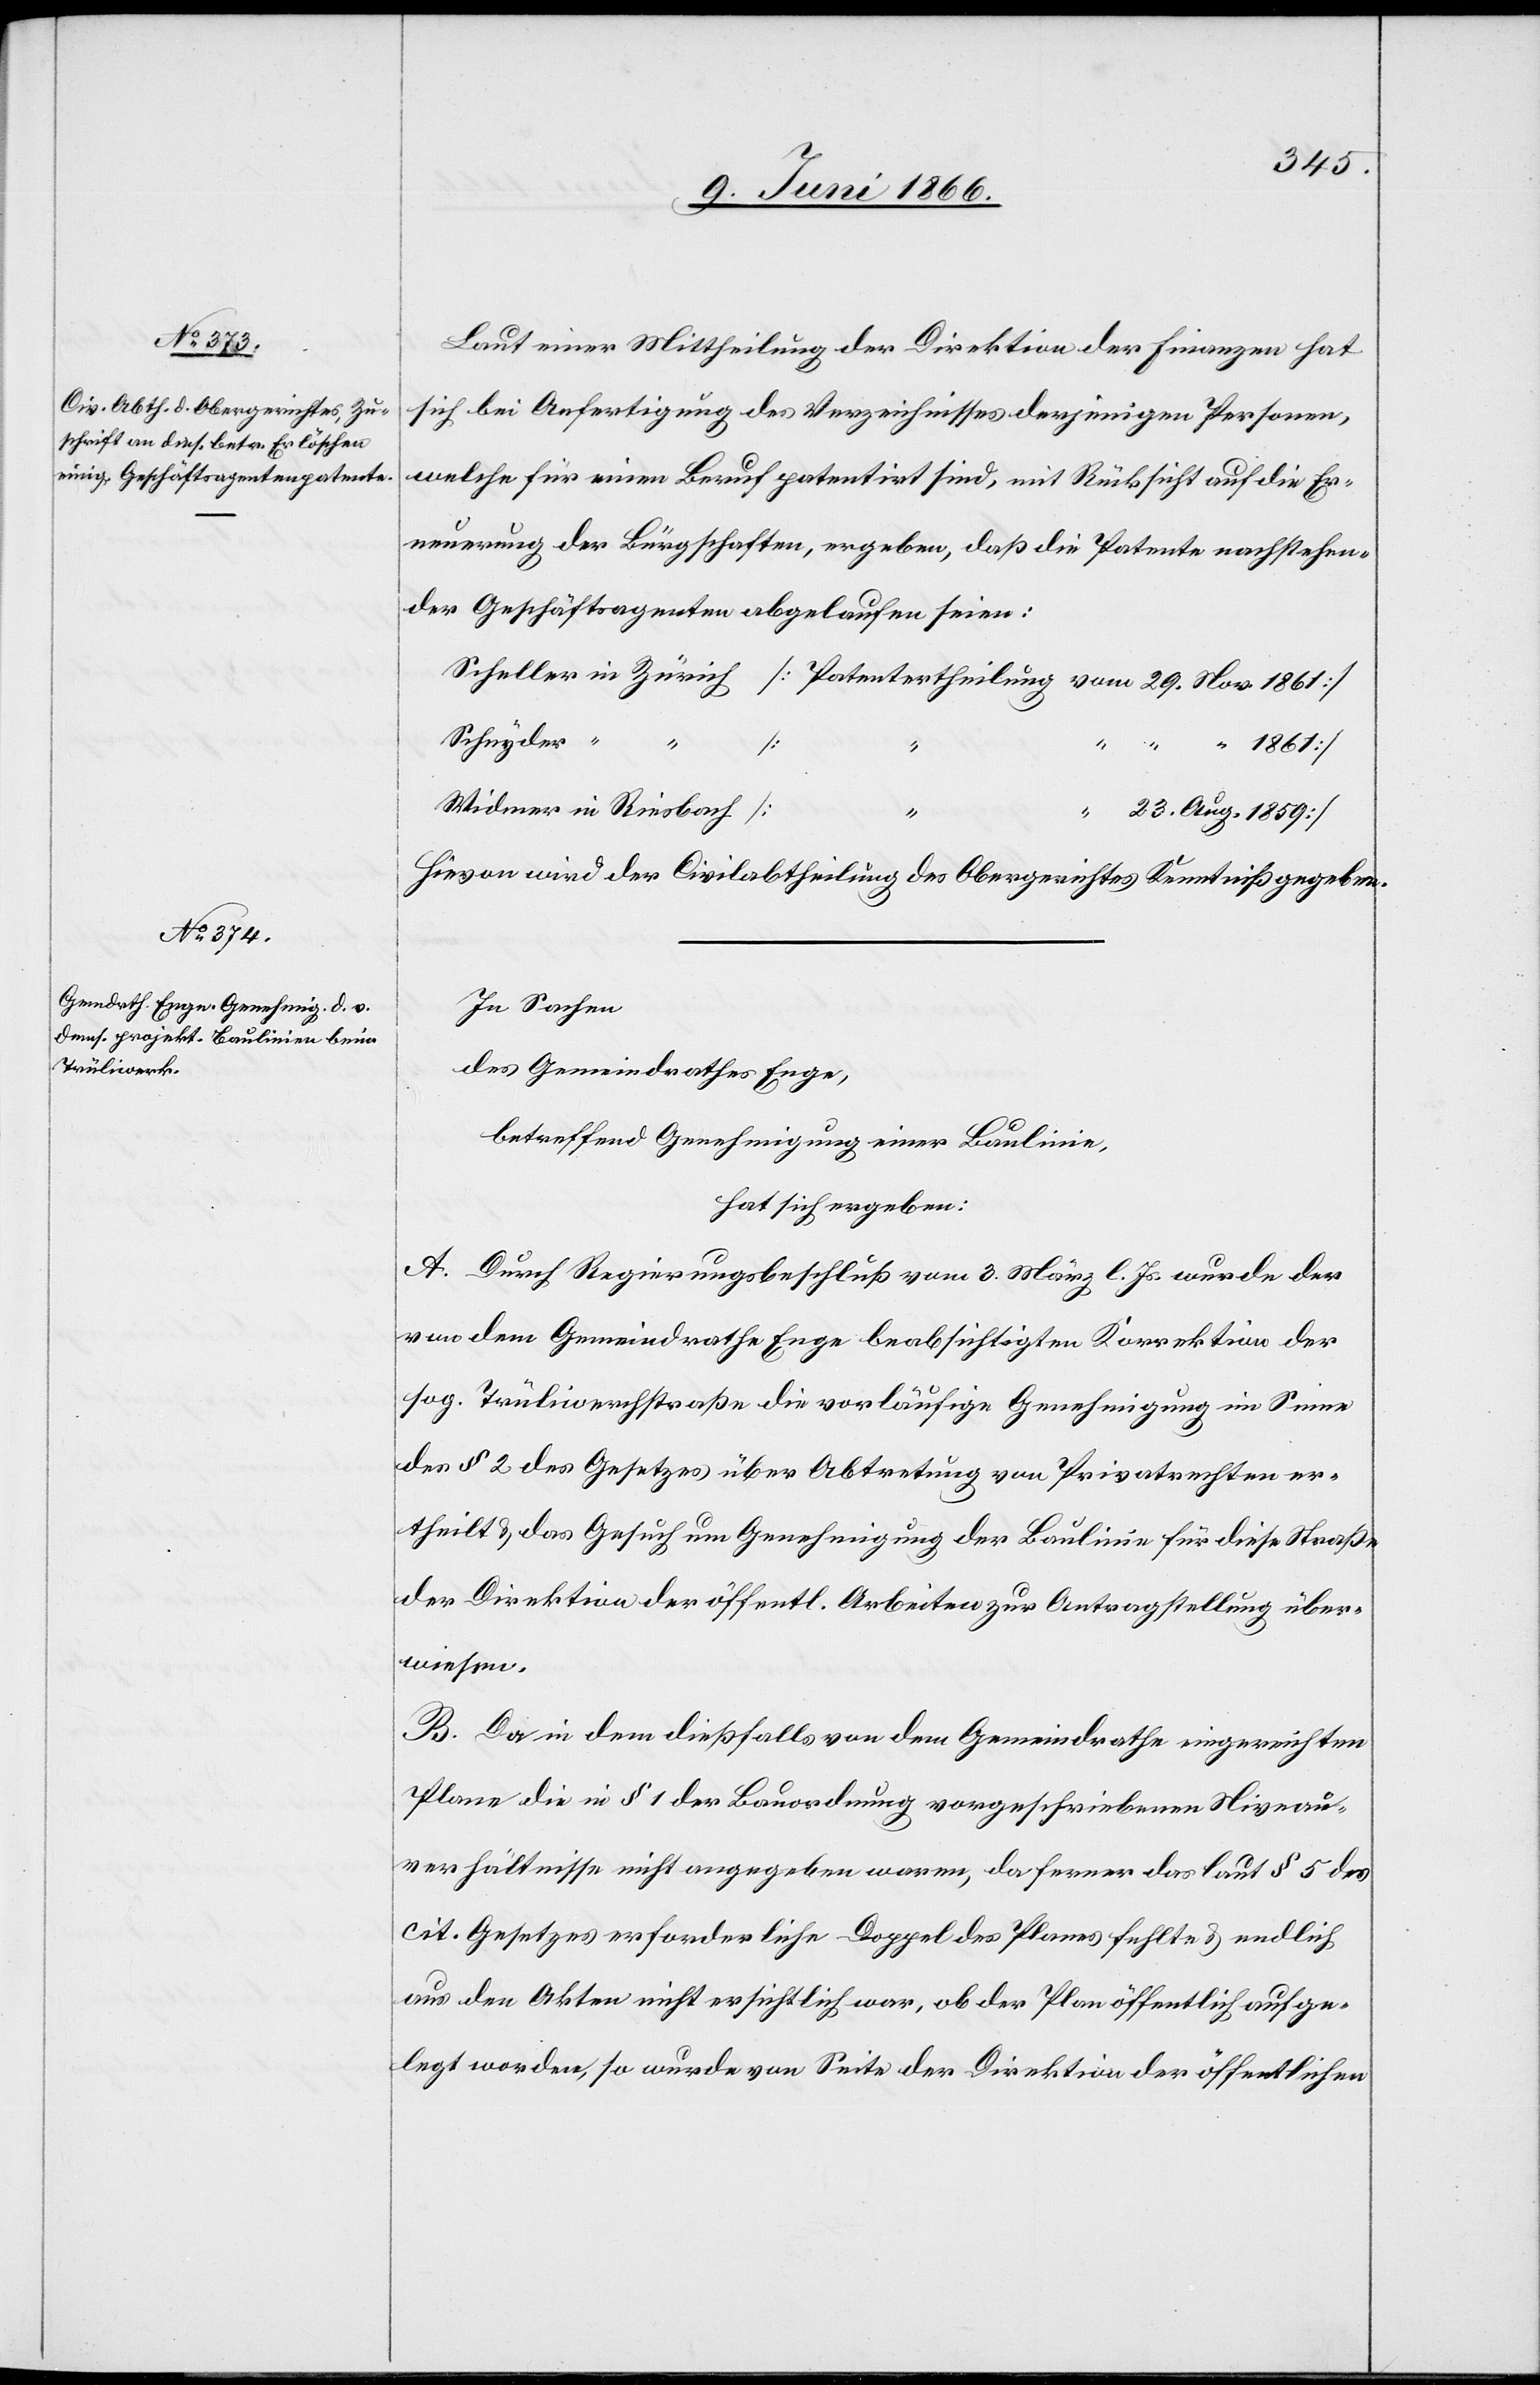
Laut einer Mittheilung der Direktion der Finanzen hat
sich bei Anfertigung des Verzeichnisses derjenigen Personen,
welche für einen Beruf patentirt sind, mit Rücksicht auf die Er¬
neuerung der Bürgschaften, ergeben, daß die Patente nachstehen¬
der Geschäftsagenten abgelaufen seien:
Scheller in Zürich [Patentertheilung vom 29. Nov. 1861]
Schnyder “ “
Widmer in Riesbach [
Hievon wird der Civilabtheilung des Obergerichtes Kenntniß gegeben.
In Sachen
des Gemeindrathes Enge,
betreffend Genehmigung einer Baulinie,
hat sich ergeben:
A. Durch Regierungsbeschluß vom 3. März l. Js. wurde der
von dem Gemeindrathe Enge beabsichtigte Korrektion der
sog. Trüliwerkstraße die vorläufige Genehmigung im Sinne
des § 2 des Gesetzes über Abtretung von Privatrechten er¬
theilt u. das Gesuch um Genehmigung der Baulinie für diese Straße
der Direktion der öffentl. Arbeiten zur Antragstellung über¬
wiesen.
B. Da in dem dießfalls von dem Gemeindrathe eingereichten
Plane die in § 1 der Bauordnung vorgeschriebenen Nieveau¬
verhältnisse nicht angegeben waren, da ferner das laut § 5 des
cit. Gesetzes erforderliche Doppel des Planes fehlte u. endlich
aus den Akten nicht ersichtlich war, ob der Plan öffentlich aufge¬
legt worden, so wurde von Seite der Direktion der öffentlichen